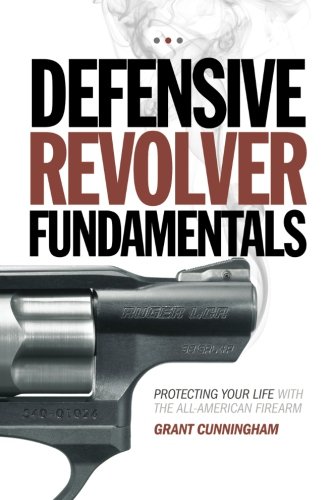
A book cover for Defensive Revolver Fundamentals: Protecting Your Life With the All-American Firearm; Grant Cunningham; Reference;